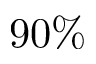
9 0 \%